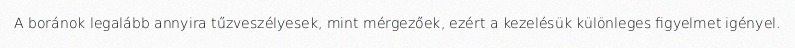
A boránok legalább annyira tűzveszélyesek, mint mérgezőek, ezért a kezelésük különleges figyelmet igényel.